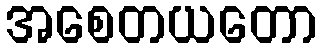
အစေတယတော